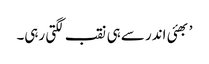
’ بھئی اندر سے ہی نقب لگتی رہی۔